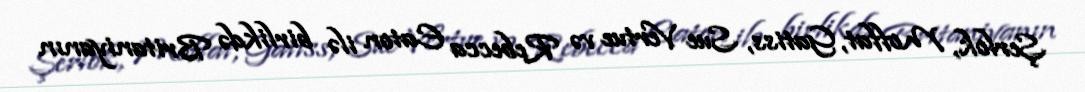
Şerlok, Moffat, Gatiss, Sue Vertue və Rebecca Eaton ilə birlikdə Britaniyanın